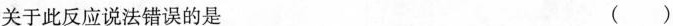
关于此反应说法错误的是 ( )